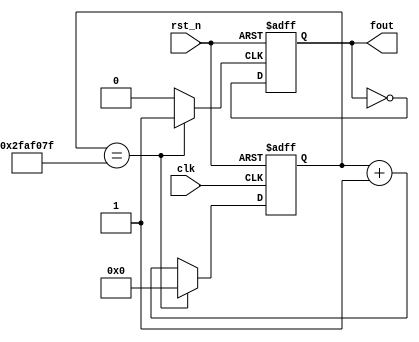
`timescale 1ns / 1ps
//////////////////////////////////////////////////////////////////////////////////
// Company: 
// Engineer: 
// 
// Design Name: 
// Module Name: lab5_3fre1hz
// Project Name: 
// Target Devices: 
// Tool Versions: 
// Description: 
// 
// Dependencies: 
// 
// Revision:
// Revision 0.01 - File Created
// Additional Comments:
// 
//////////////////////////////////////////////////////////////////////////////////


module lab5_3fre1hz(
fout, // divided clock output
clk, // global clock input
rst_n // active low reset
);
output fout; // divided output
input clk; // global clock input
input rst_n; // active low reset
reg [26:0] cnt_tmp,cnt;
reg clk_tmp,s_cnt,s_cnt_tmp; // input to dff (in always block)
always @*
if(cnt == 49999999) cnt_tmp = 0;
else cnt_tmp = cnt + 27'd1;
//clk_temp 0.5s
always @*
if(cnt == 49999999) clk_tmp = 1;
else clk_tmp = 0;
always @*
s_cnt_tmp = ~s_cnt ;
assign fout = s_cnt;
//Flip flop with 0.5s freq
always @(posedge clk_tmp or posedge rst_n)
if (rst_n) s_cnt <= 0;
else s_cnt <= s_cnt_tmp;
// Flip flops
always @(posedge clk or posedge rst_n)
if (rst_n) cnt <= 27'b0;
else cnt <= cnt_tmp;
endmodule